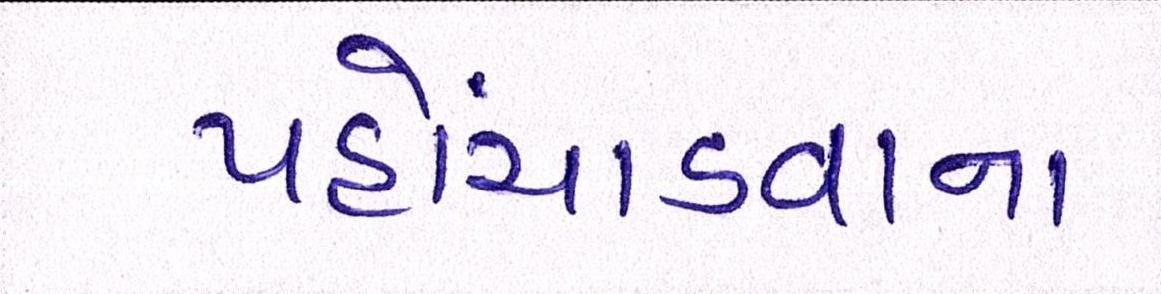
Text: પહોંચાડવાના